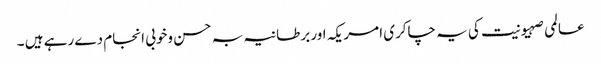
عالمی صہیونیت کی یہ چاکری امریکہ اور برطانیہ بہ حسن وخوبی انجام دے رہے ہیں ۔